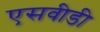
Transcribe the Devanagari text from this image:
एसवीडी